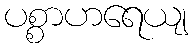
ပစ္စာဟရေယျ